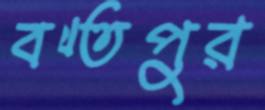
বখ্তপুর